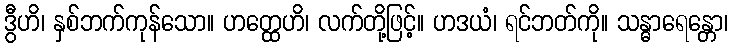
ဒွီဟိ၊ နှစ်ဘက်ကုန်သော။ ဟတ္ထေဟိ၊ လက်တို့ဖြင့်။ ဟဒယံ၊ ရင်ဘတ်ကို။ သန္ဓာရေန္တော၊